Report of the King Institute of Preventive Medicine, Guindy
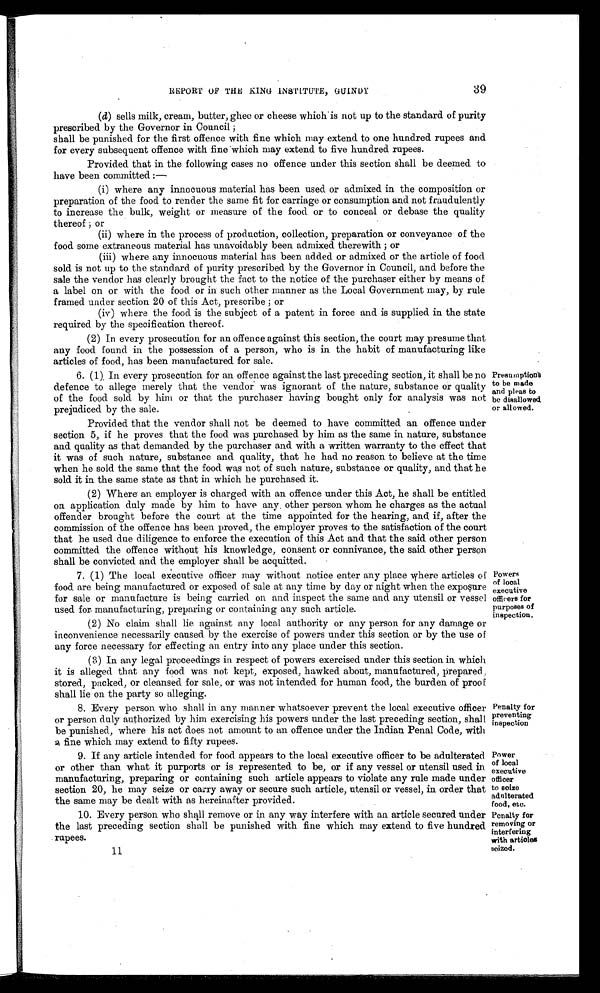
39
REPORT OF THE KING INSTITUTE, GUINDY
( d) sells milk, cream, butter, ghee or cheese which is not up to the standard of purity
prescribed by the Governor in Council ;
shall be punished for the first offence with fine which may extend to one hundred rupees and
for every subsequent offence with fine which may extend to five hundred rupees.
Provided that in the following cases no offence under this section shall be deemed to
have been committed :—
(i) where any innocuous material has been used or admixed in the composition or
preparation of the food to render the same fit for carriage or consumption and not fraudulently
to increase the bulk, weight or measure of the food or to conceal or debase the quality
thereof ; or
(ii) where in the process of production, collection, preparation or conveyance of the
food some extraneous material has unavoidably been admixed therewith ; or
(iii) where any innocuous material has been added or admixed or the article of food
sold is not up to the standard of purity prescribed by the Governor in Council, and before the
sale the vendor has clearly brought the fact to the notice of the purchaser either by means of
a label on or with the food. or in such other manner as the Local Government may, by rule
framed under section 20 of this Act, prescribe ; or
(iv) where the food is the subject of a patent in force and is supplied in the state
required by the specification thereof.
(2) In every prosecution for an offence against this section, the court may presume that
any food found in the possession of a person, who is in the habit of manufacturing like
articles of food, has been manufactured for sale.
Presumptions to be made
and pleas to
be disallowed
or allowed.
6. (1). In every prosecution for an offence against the last preceding section, it shall be no
defence to allege merely that the vendor was ignorant of the nature, substance or quality
of the food sold by him or that the purchaser having bought only for analysis was not
prejudiced by the sale.
Provided that the vendor shall not be deemed to have committed an offence under
section 5, if he proves that the food was purchased by him as the same in nature, substance
and quality as that demanded by the purchaser and with a written warranty to the effect that
it was of such nature, substance and quality, that he had no reason to believe at the time
when he sold the same that the food was not of such nature, substance or quality, and that he
sold it in the same state as that in which he purchased it.
(2) Where an employer is charged with an offence under this Act, he shall be entitled
on application duly made by him to have any other person whom he charges as the actual
offender brought before the court at the time appointed for the hearing, and if, after the
commission of the offence has been proved, the employer proves to the satisfaction of the court
that he used due diligence to enforce the execution of this Act and that the said other person
committed the offence without his knowledge, consent or connivance, the said other person
shall be convicted and the employer shall be acquitted.
Powers of local
executive officers for
purposes of
inspection.
7. (1) The local executive officer may without notice enter any place where articles of
food are being manufactured or exposed of sale at any time by day or night when the exposure
for sale or manufacture is being carried on and inspect the same and any utensil or vessel
used for manufacturing, preparing or containing any such article.
(2) No claim shall lie against any local authority or any person for any damage or
inconvenience necessarily caused by the exercise of powers under this section or by the use of
any force necessary for effecting an entry into any place under this section.
(3) In any legal proceedings in respect of powers exercised under this section in which
it is alleged that any food was not kept, exposed, hawked about, manufactured, prepared,
stored, packed, or cleansed for sale, or was not intended for human food, the burden of proo F
shall lie on the party so alleging.
Penalty for
preventing
inspection
8. Every person who shall in any manner whatsoever prevent the local executive officer
or person duly authorized by him exercising his powers under the last preceding section, shall
be punished, where his act does not amount to an offence under the Indian Penal Code, with
a fine which may extend to fifty rupees.
Power of local
executive officer to seize
adulterated food, etc.
9. If any article intended for food appears to the local executive officer to be adulterated
or other than what it purports or is represented to be, or if any vessel or utensil used in
manufacturing, preparing or containing such article appears to violate any rule made under
section 20, he may seize or carry away or secure such article, utensil or vessel, in order that
the same may be dealt with as hereinafter provided.
Penalty for
removing or
interfering with artioles
seized.
10. Every person who shall remove or in any way interfere with an article secured under
the last preceding section shall be punished with fine which may extend to five hundred
rupees.
11